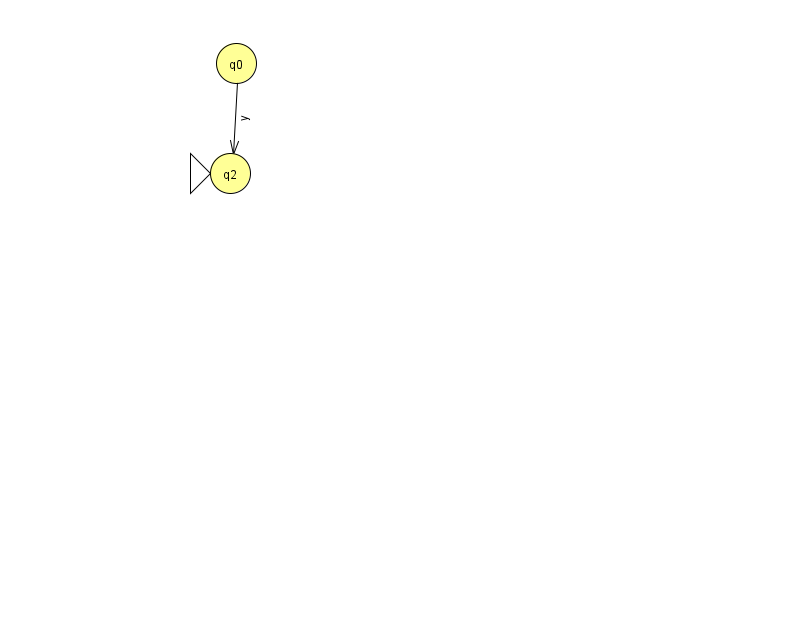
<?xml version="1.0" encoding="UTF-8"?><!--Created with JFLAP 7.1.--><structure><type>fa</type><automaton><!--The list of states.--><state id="0" name="q0"><x>236.0</x><y>50.0</y></state><state id="2" name="q2"><x>230.0</x><y>160.0</y><initial/></state><!--The list of transitions.--><transition><from>0</from><to>2</to><read>y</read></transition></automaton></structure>